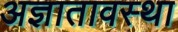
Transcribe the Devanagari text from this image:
अज्ञातावस्था